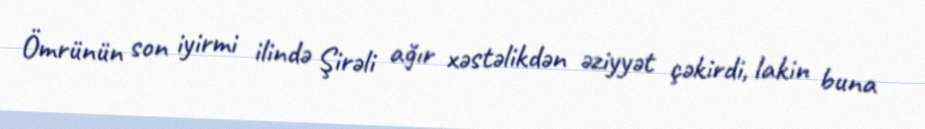
Ömrünün son iyirmi ilində Şirəli ağır xəstəlikdən əziyyət çəkirdi, lakin buna